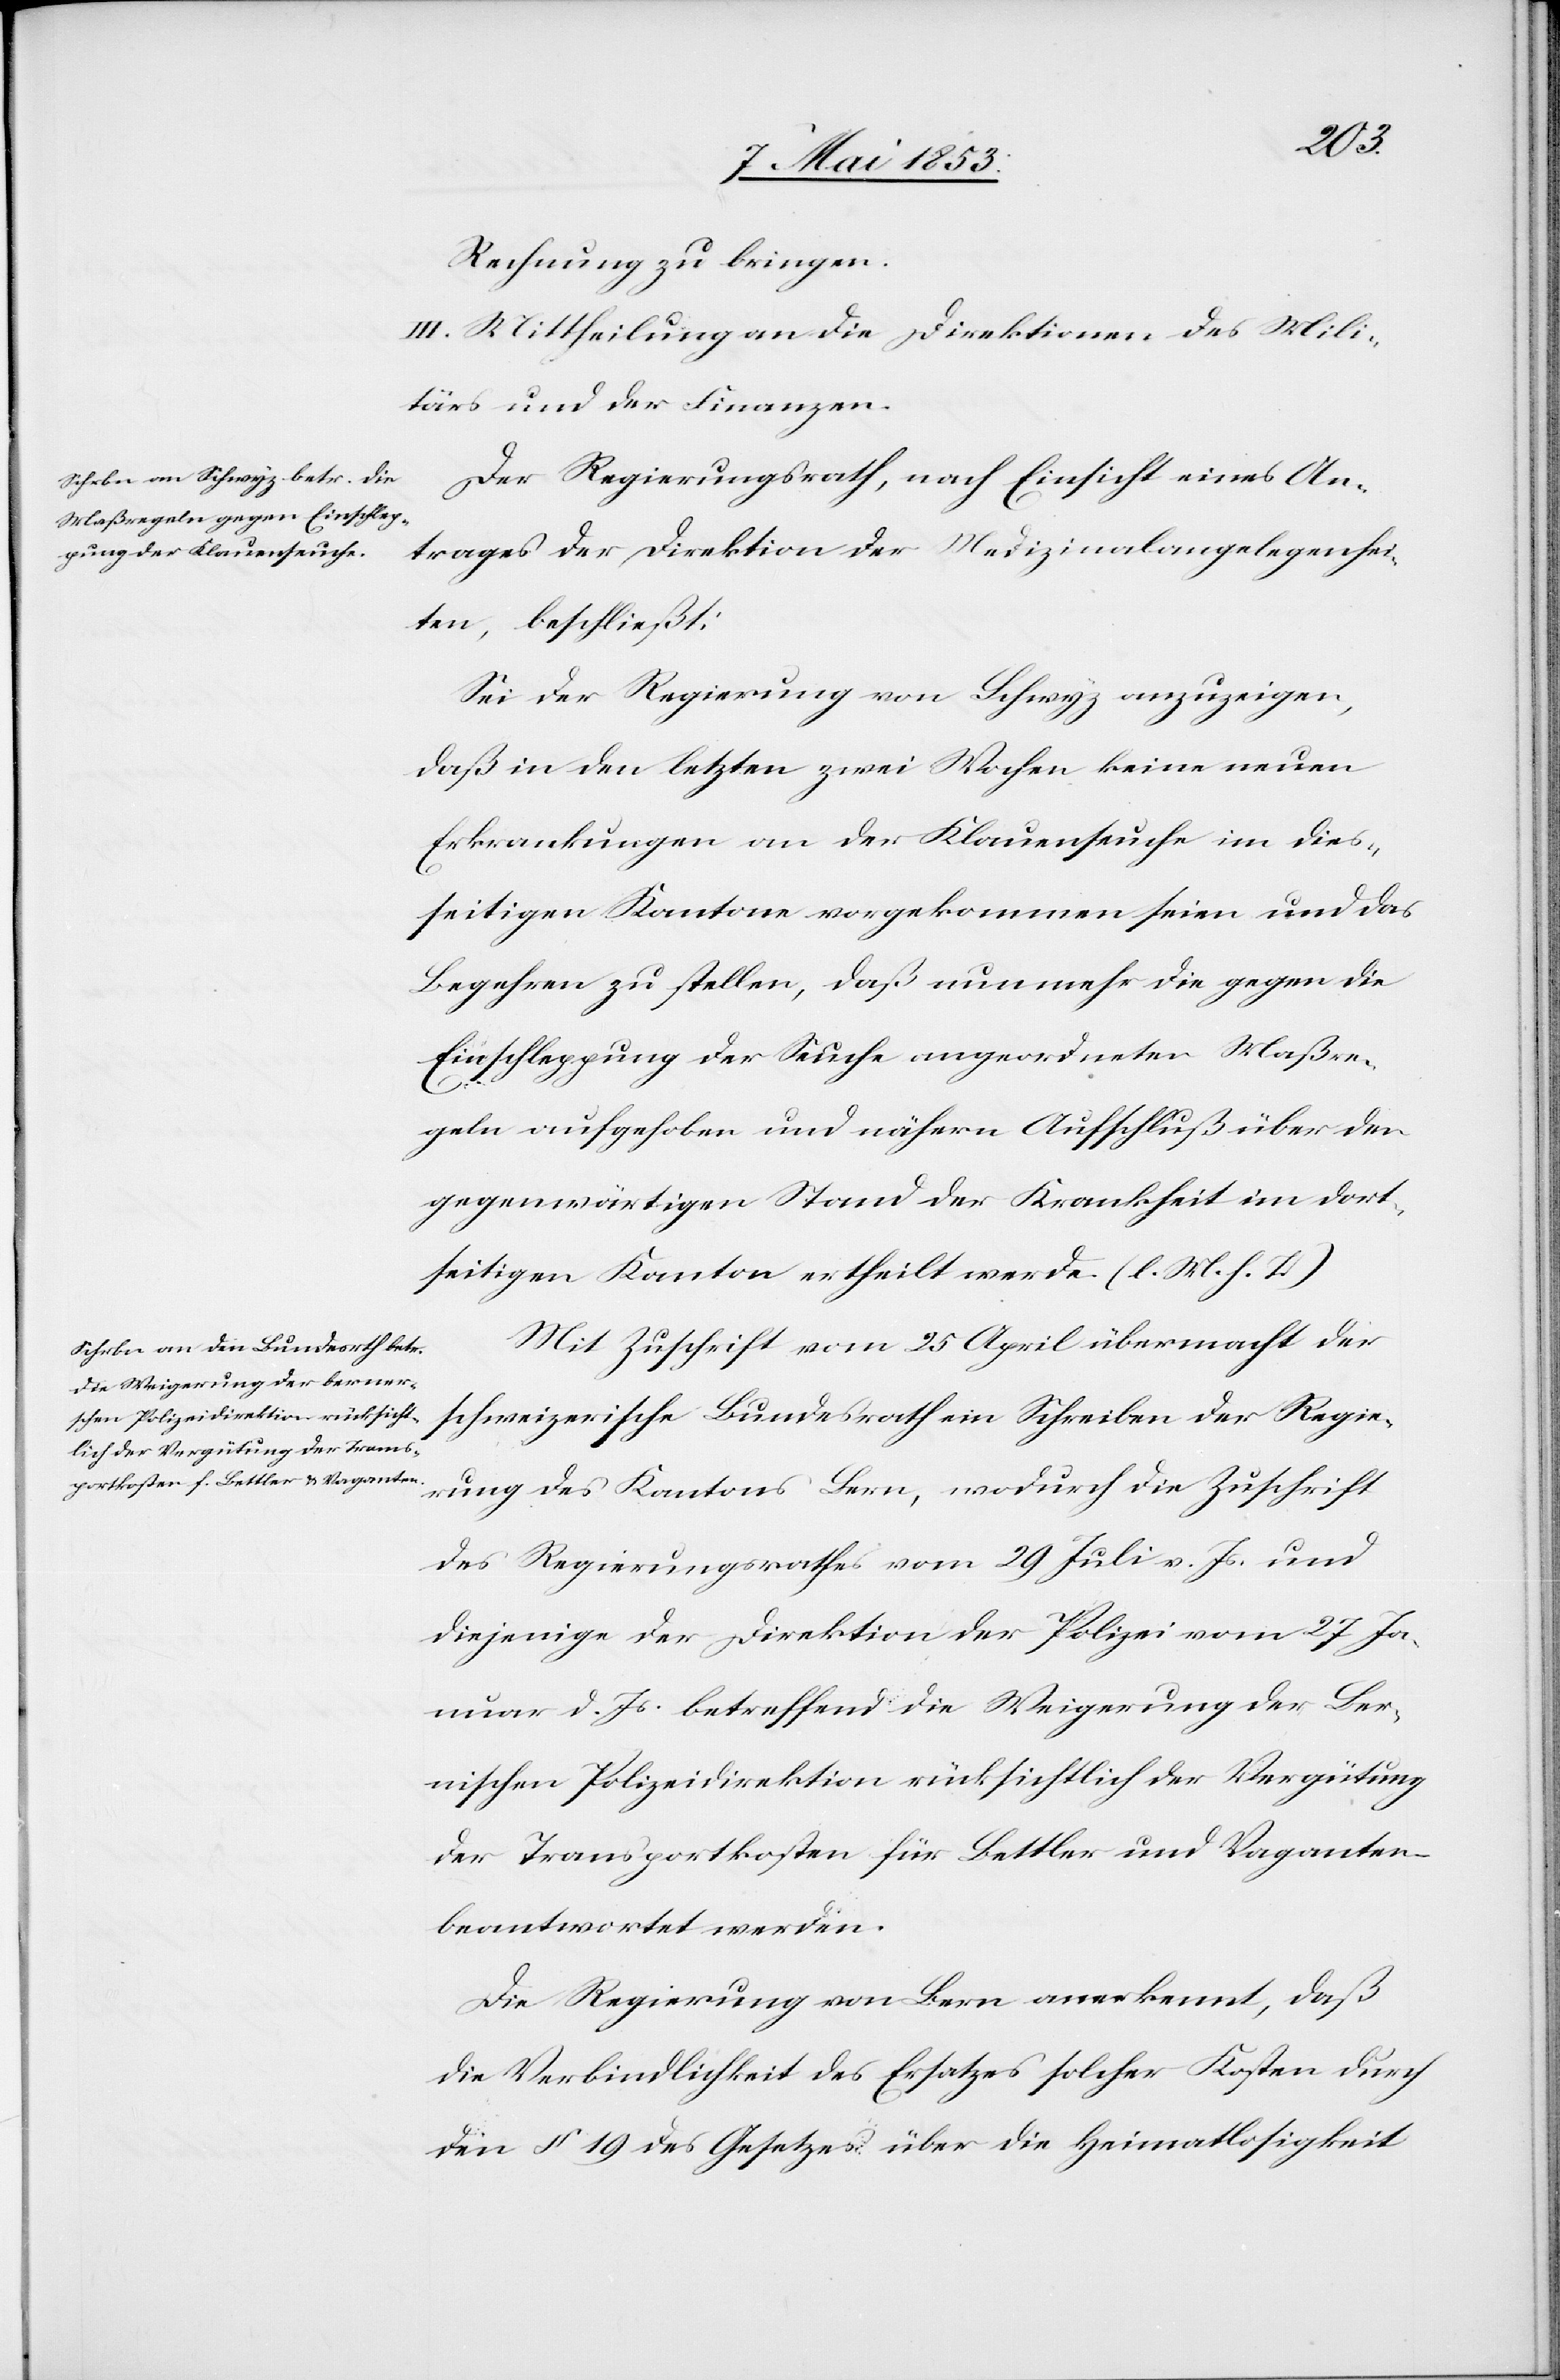
Rechnung zu bringen.
III. Mittheilung an die Direktionen des Mili¬
tärs und der Finanzen.
Der Regierungsrath, nach Einsicht eines An¬
trages der Direktion der Medizinalangelegenhei¬
ten, beschließt:
Sei der Regierung von Schwyz anzuzeigen,
daß in den letzten zwei Wochen keine neuen
Erkrankungen an der Klauenseuche im dies¬
seitigen Kantone vorgekommen seien und das
Begehren zu stellen, daß nun mehr die gegen die
Einschleppung der Seuche angeordneten Maßre¬
geln aufgehoben und nähern Aufschluß über den
gegenwärtigen Stand der Krankheit im dort¬
seitigen Kanton ertheilt werde. [l. M. h. T]
Mit Zuschrift vom 25 April übermacht der
schweizerische Bundesrath ein Schreiben der Regie¬
rung des Kantons Bern, wodurch die Zuschrift
des Regierungsrathes vom 29 Juli v. Js. und
diejenige der Direktion der Polizei vom 27 Ja¬
nuar d. Js. betreffend die Weigerung der Ber¬
nischen Polizeidirektion rücksichtlich der Vergütung
der Transportkosten für Bettler und Vaganten
beantwortet werden.
Die Regierung von Bern anerkennt, daß
die Verbindlichkeit des Ersatzes solcher Kosten durch
den § 19 des Gesetzes über die Heimatlosigkeit